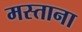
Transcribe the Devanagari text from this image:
मस्‍ताना